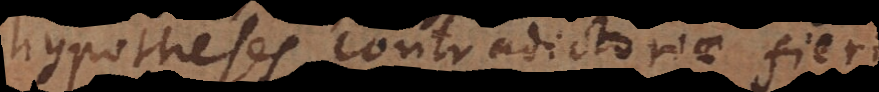
hypotheses contradictoriae fieri